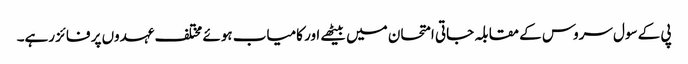
پی کے سول سروس کے مقابلہ جاتی امتحان میں بیٹھے اور کامیاب ہوئے مختلف عہدوں پر فائز رہے۔